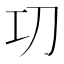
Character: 㓛